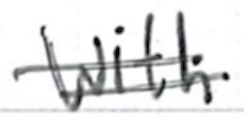
Text: with
Cross-out: double-line
Writing tool: ballpoint